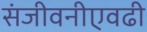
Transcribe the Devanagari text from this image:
संजीवनीएवढी